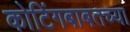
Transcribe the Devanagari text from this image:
कोटिंगबाबतच्या